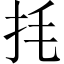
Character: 㧌